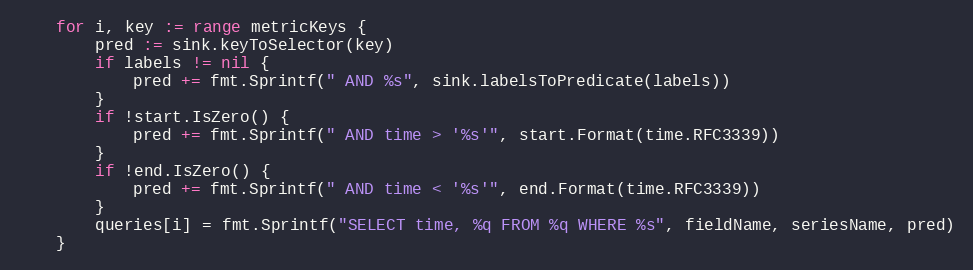
Language: Go
	for i, key := range metricKeys {
		pred := sink.keyToSelector(key)
		if labels != nil {
			pred += fmt.Sprintf(" AND %s", sink.labelsToPredicate(labels))
		}
		if !start.IsZero() {
			pred += fmt.Sprintf(" AND time > '%s'", start.Format(time.RFC3339))
		}
		if !end.IsZero() {
			pred += fmt.Sprintf(" AND time < '%s'", end.Format(time.RFC3339))
		}
		queries[i] = fmt.Sprintf("SELECT time, %q FROM %q WHERE %s", fieldName, seriesName, pred)
	}